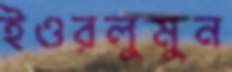
ইওরলুমুন